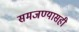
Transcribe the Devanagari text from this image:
समजण्यासही